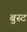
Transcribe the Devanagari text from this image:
बुस्ट